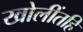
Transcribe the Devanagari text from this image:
खोलींतहि